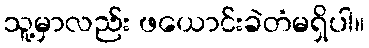
သူ့မှာလည်း ဖယောင်းခဲတံမရှိပါ။